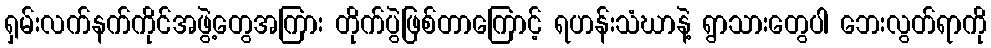
ရှမ်းလက်နက်ကိုင်အဖွဲ့တွေအကြား တိုက်ပွဲဖြစ်တာကြောင့် ရဟန်းသံဃာနဲ့ ရွာသားတွေပါ ဘေးလွတ်ရာကို